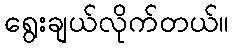
ရွေးချယ်လိုက်တယ်။